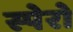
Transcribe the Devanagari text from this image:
स्पेरो